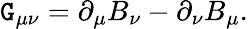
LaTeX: \mathtt{G}_{\mu\nu}=\partial_{\mu}B_{\nu}-\partial_{\nu}B_{\mu}.